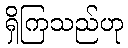
ရှိကြသည်ဟု